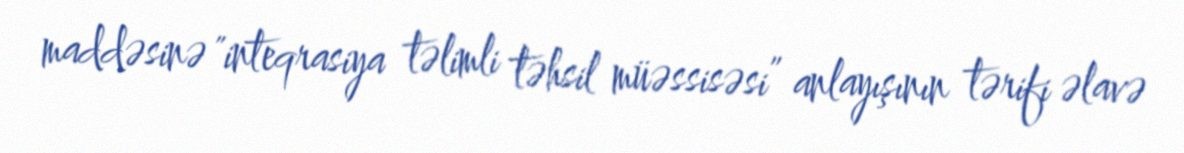
maddəsinə "inteqrasiya təlimli təhsil müəssisəsi” anlayışının tərifi əlavə